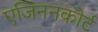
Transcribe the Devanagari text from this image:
एजिननकोर्ट